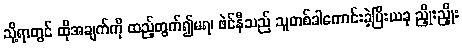
သို့ရာတွင် ထိုအချက်ကို ထည့်တွက်၍မရ၊ ဖဲင်နီသည် သူတစ်ခါကောင်းခဲ့ပြီးယခု ညှိုးညှိုး